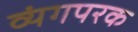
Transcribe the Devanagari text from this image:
व्यंगपरक